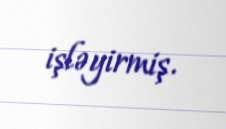
işləyirmiş.